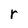
Character: r